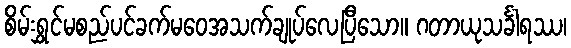
စိမ်းရွှင်မစည်ပင်ခက်မဝေအသက်ချုပ်လေပြီသော။ ဂတာယုသင်္ခါရဿ၊